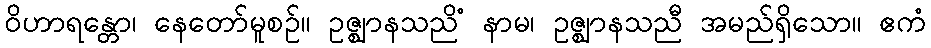
ဝိဟာရန္တော၊ နေတော်မူစဉ်။ ဥဇ္ဈာနသညိံ နာမ၊ ဥဇ္ဈာနသညီ အမည်ရှိသော။ ဧကံ